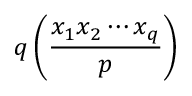
q \left( { \frac { x _ { 1 } x _ { 2 } \cdots x _ { q } } { p } } \right)